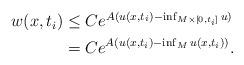
LaTeX: \begin{align*}\begin{aligned}w(x,t_i) &\leq C e^{A (u(x,t_i) - \inf_{M \times [0,t_i]} u)} \\&= C e^{A (u(x,t_i) - \inf_M u(x,t_i))}.\end{aligned}\end{align*}